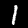
Digit: 1